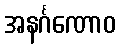
အနင်္ဂဏောဝ